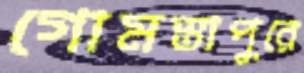
গোমস্তাপুরে